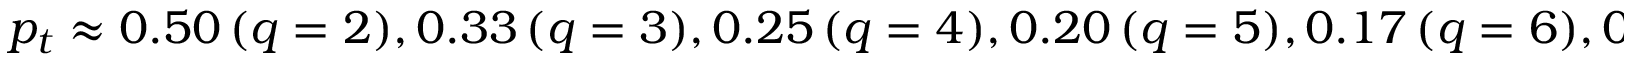
p _ { t } \approx 0 . 5 0 \, ( q = 2 ) , 0 . 3 3 \, ( q = 3 ) , 0 . 2 5 \, ( q = 4 ) , 0 . 2 0 \, ( q = 5 ) , 0 . 1 7 \, ( q = 6 ) , 0 . 1 4 \, ( q = 7 ) , 0 . 1 2 \, ( q = 8 )